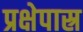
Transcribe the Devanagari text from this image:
प्रक्षेपास्र